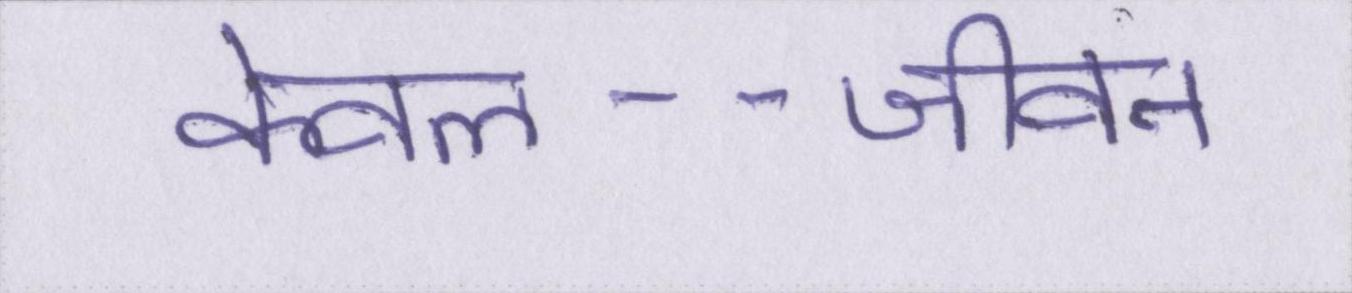
केवल--जीवन